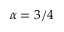
\alpha = 3 / 4